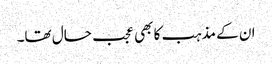
ان کے مذہب کا بھی عجب حال تھا۔